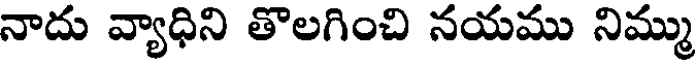
నాదు వ్యాధిని తొలగించి నయము నిమ్ము